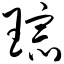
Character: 琮